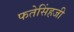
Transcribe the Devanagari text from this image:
फतेसिंहजी